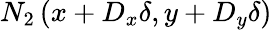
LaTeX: N_{2}\left(x+D_{x}\delta,y+D_{y}\delta\right)